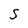
Character: S